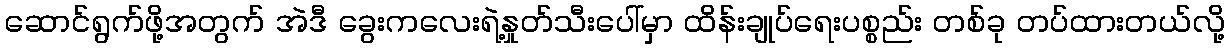
ဆောင်ရွက်ဖို့အတွက် အဲဒီ ခွေးကလေးရဲ့နှုတ်သီးပေါ်မှာ ထိန်းချုပ်ရေးပစ္စည်း တစ်ခု တပ်ထားတယ်လို့